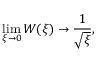
\operatorname * { l i m } _ { \xi \rightarrow 0 } W ( \xi ) \rightarrow \frac { 1 } { \sqrt { \xi } } ,